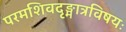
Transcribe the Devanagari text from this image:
परमशिवदृङ्मात्रविषयः